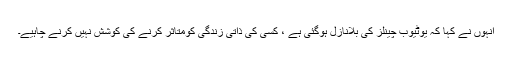
انہوں نے کہا کہ یوٹیوب چینلز کی بلانازل ہوگئی ہے ، کسی کی ذاتی زندگی کومتاثر کرنے کی کوشش نہیں کرنے چاہیے۔